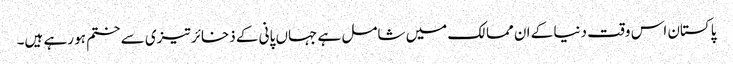
پاکستان اس وقت دنیا کے ان ممالک میں شامل ہے جہاں پانی کے ذخائر تیزی سے ختم ہو رہے ہیں۔